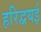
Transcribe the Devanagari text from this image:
हरिद्वयई